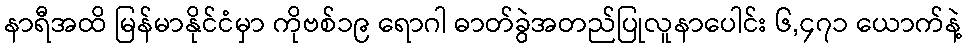
နာရီအထိ မြန်မာနိုင်ငံမှာ ကိုဗစ်၁၉ ရောဂါ ဓာတ်ခွဲအတည်ပြုလူနာပေါင်း ၆,၄၇၁ ယောက်နဲ့